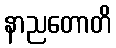
နာညတောတိ